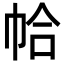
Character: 帢